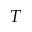
T